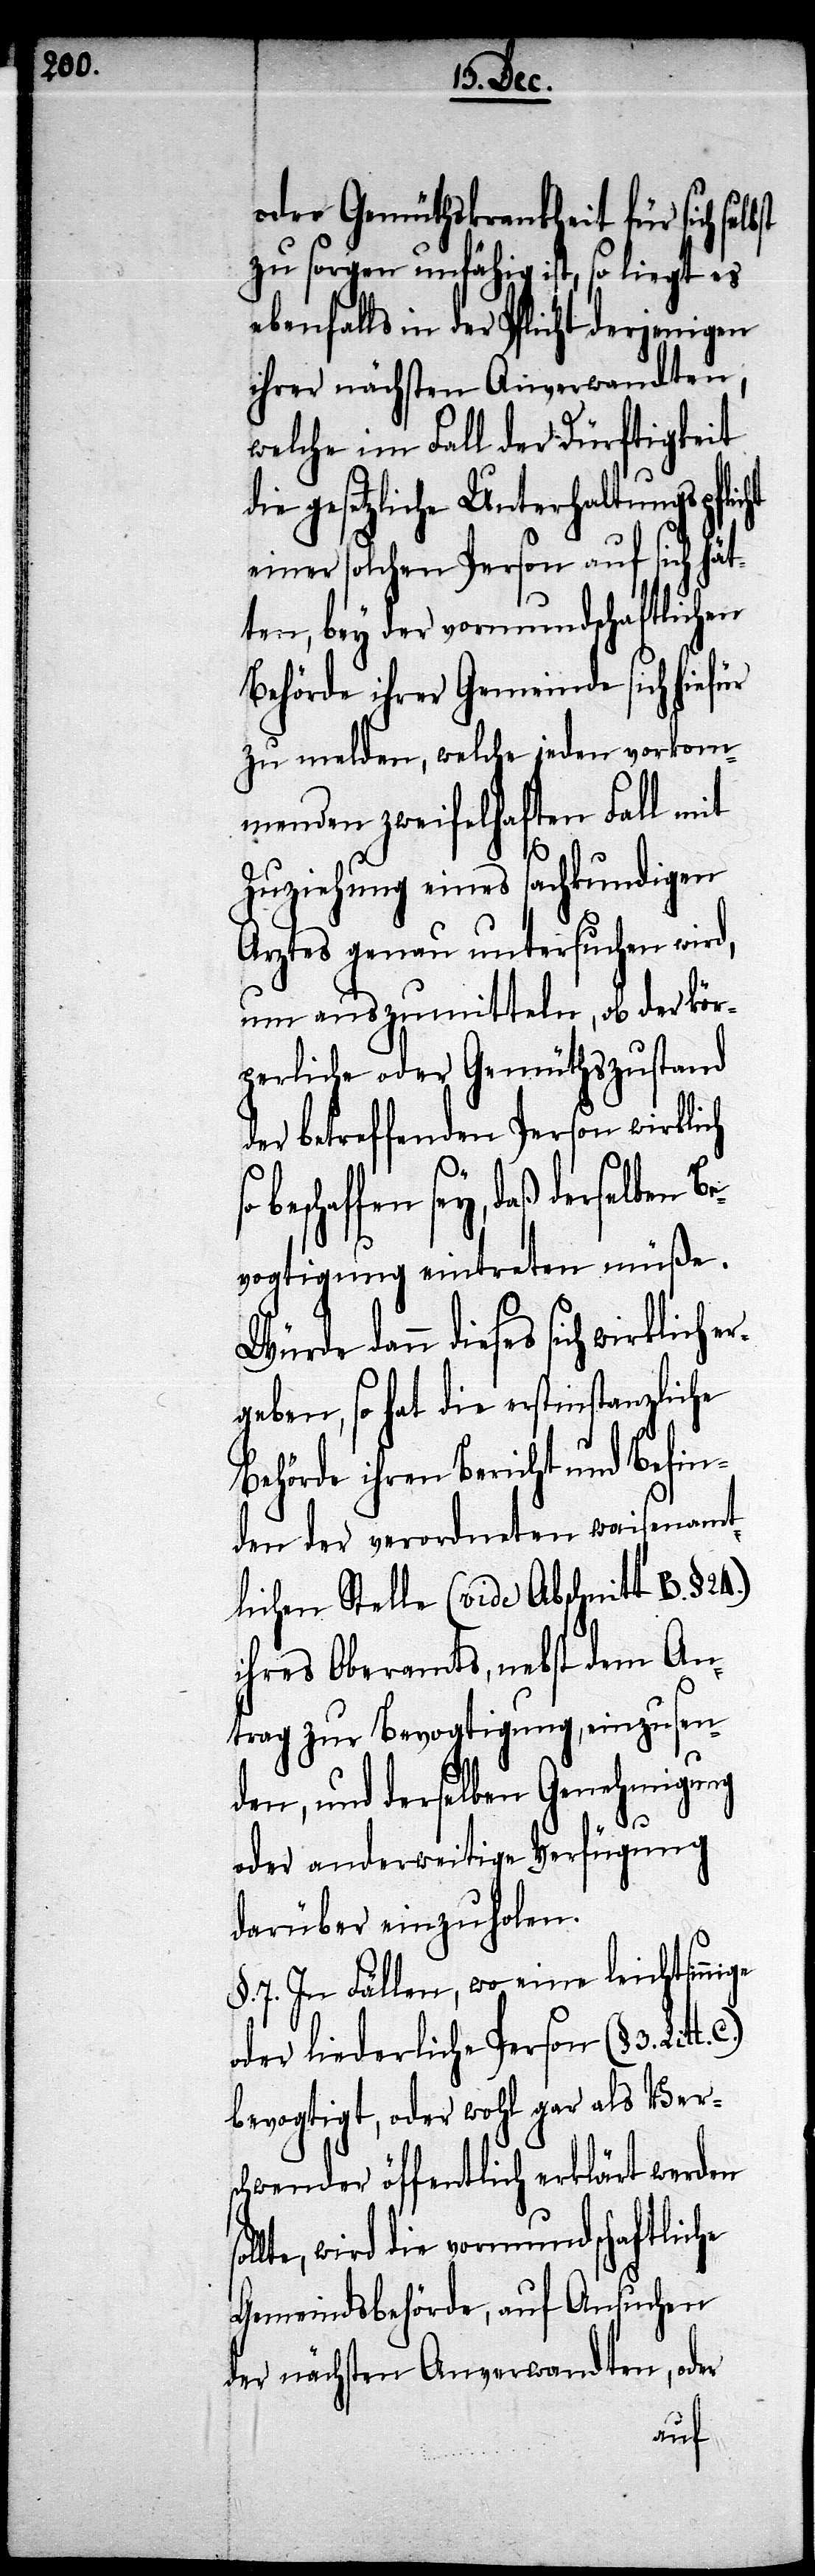
oder Gemüthskrankheit für sich
zu sorgen unfähig ist, so liegt es
ihrer nächsten Anverwandten,
welche im Fall der Dürftigkeit
die gesetzliche Unterhaltungspflicht
einer solchen Person auf sich hät¬
ten, bey der vormundschaftlichen
Behörde ihrer Gemeinde sich hiefür
zu melden, welche jeden vorkom¬
menden zweifelhaften Fall mit
Zuziehung eines sachkundigen
Arztes genau untersuchen wird,
um auszumitteln, ob der kör¬
perliche oder Gemüthszustand
der betreffenden Person wirklich
dieses sich wirklich er¬
evogtigung eintreten müße.
geben, so hat die erstinstanzliche
Behörde ihren Bericht und Befin¬
den der verordneten waisenamt¬
lichen Stelle (vide Abschrift B. § 24.)
ihres Oberamts, nebst dem An¬
trag zur Bevogtigung, einzusen¬
den, und derselben Genehmigung
oder anderweitige Verfügung
darüber einzuholen.
7. In Fällen, wo eine leichsinnige
oder liederliche Person (§3.
bevogtigt, oder wohl gar als Vers¬
chwender öffentlich erklärt werden
wird die vormundschaftliche
Gemeindsbehörde, auf Ansuchen
der nächsten Anverwandten, oder